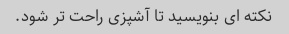
نکته ای بنویسید تا آشپزی راحت تر شود.